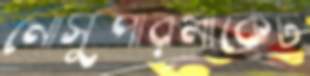
নৌসুপারমার্কেট